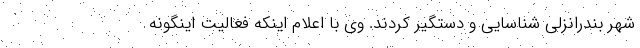
شهر بندرانزلی شناسایی و دستگیر کردند. وی با اعلام اینکه فعالیت اینگونه